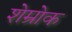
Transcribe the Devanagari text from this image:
शेम्रोक